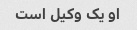
او یک وکیل است